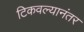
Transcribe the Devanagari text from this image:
टिकवल्यानंतर